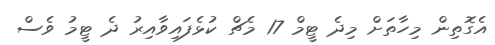
އެގޮތިން މިހާތަށް މިދެ ޓީމް 17 މެޗް ކުޅެފައިވާއިރު ދެ ޓީމު ވެސް